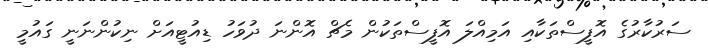
ސަރުކާރުގެ އޮފީސްތަކާއި އަމިއްލަ އޮފީސްތަކުން މެޗް އޮންނަ ދުވަހު ޑިއުޓީއަށް ނިކުންނަނީ ގައުމީ